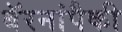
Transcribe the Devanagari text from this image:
बॅरनांपैकी